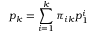
p _ { k } = \sum _ { i = 1 } ^ { k } \pi _ { i k } p _ { 1 } ^ { i }